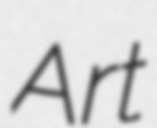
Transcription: Art